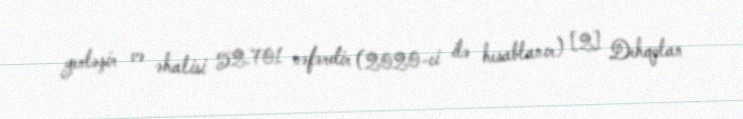
yerləşir və əhalisi 52.701 nəfərdir (2020-ci ilə hesablanır) [2] Dehqolan